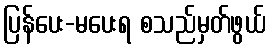
ပြန်ပေး-မပေးရ စသည်မှတ်ဖွယ်